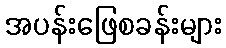
အပန်းဖြေစခန်းများ